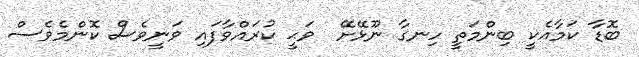
ބޮޑާ ކަމާއެކީ ބިންމަތީ ހިނގާ ނޫޅޭށޭ  ވަޙީ ކުރައްވާފައި ވަނީވެސް ކޮންމެވެސް